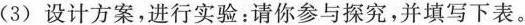
(3)设计方案，进行实验：请你参与探究，并填写下表。